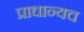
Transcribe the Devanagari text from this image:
प्राधान्यच